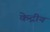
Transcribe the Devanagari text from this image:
केद्रीय